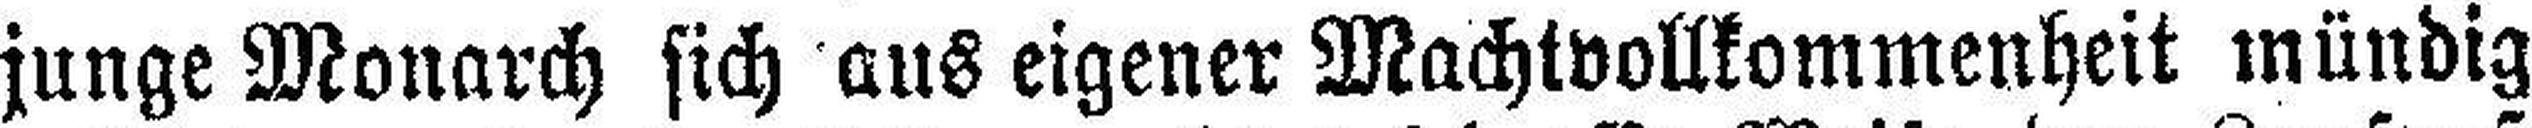
junge Monarch sich aus eigener Machtvollkommenheit mündig